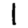
Digit: 1